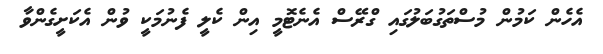
އެހެން ކަމުން މުސްތަގުބަލުގައި ގްރޭސް އެނެޓޮމީ އިން ކެލީ ފެނުމަކީ ވުން އެކަށީގެންވާ